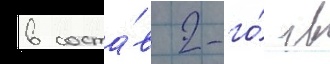
в соста́в 2-го́ гв